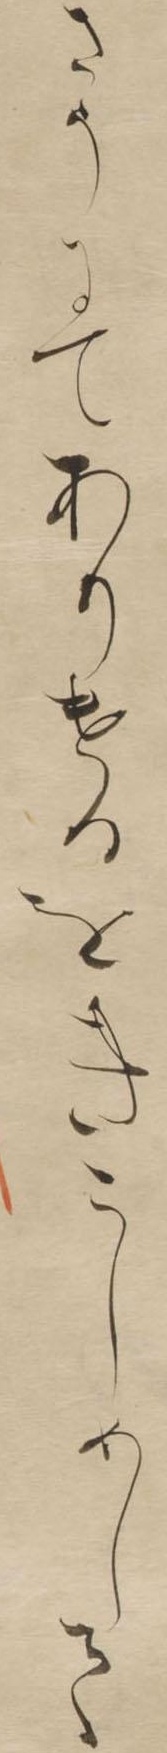
さうにてありけるをきこしめして